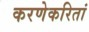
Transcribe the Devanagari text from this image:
करणेकरितां